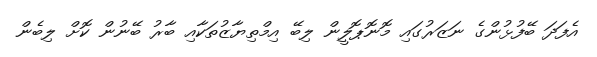
އެފަދަ ބޭފުޅުންގެ ނަޒަރުގައި މޮނޮޕޮލީން ލިބޭ އިމްތިޔާޒުތަކާއި ބާރު ބޭނުން ކޮށް ލިބެން